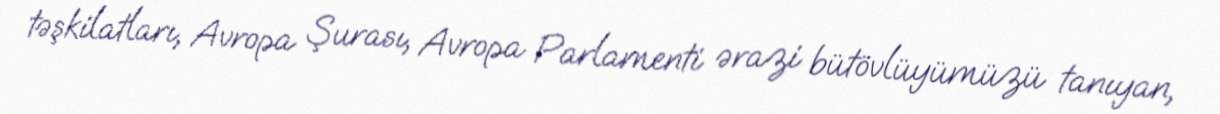
təşkilatları, Avropa Şurası, Avropa Parlamenti ərazi bütövlüyümüzü tanıyan,